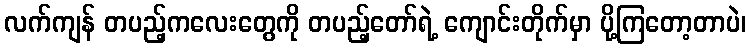
လက်ကျန် တပည့်ကလေးတွေကို တပည့်တော်ရဲ့ ကျောင်းတိုက်မှာ ပို့ကြတော့တာပဲ၊